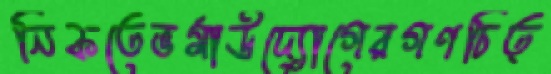
নিকতেভর্মাউদ্যোগেরগণচিত্